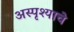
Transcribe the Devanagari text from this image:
अस्पृश्‍याचे